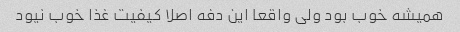
همیشه خوب بود ولی واقعا این دفه اصلا کیفیت غذا خوب نیود